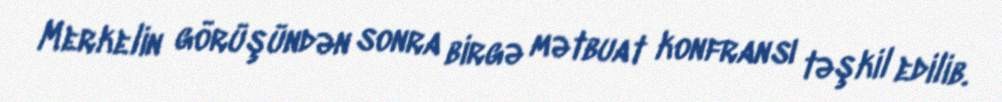
Merkelin görüşündən sonra birgə mətbuat konfransı təşkil edilib.